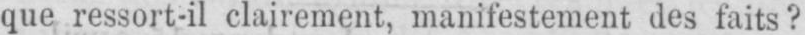
que ressort-il clairement, manifestement des faits?